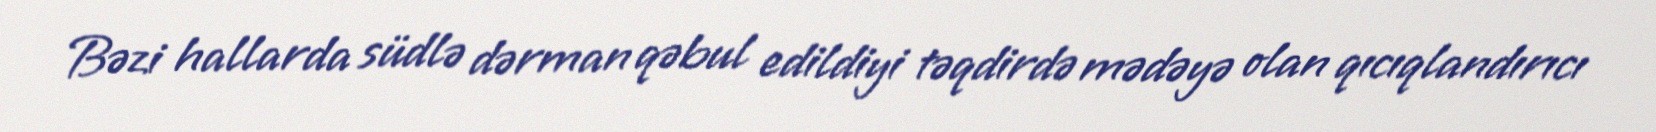
Bəzi hallarda südlə dərman qəbul edildiyi təqdirdə mədəyə olan qıcıqlandırıcı